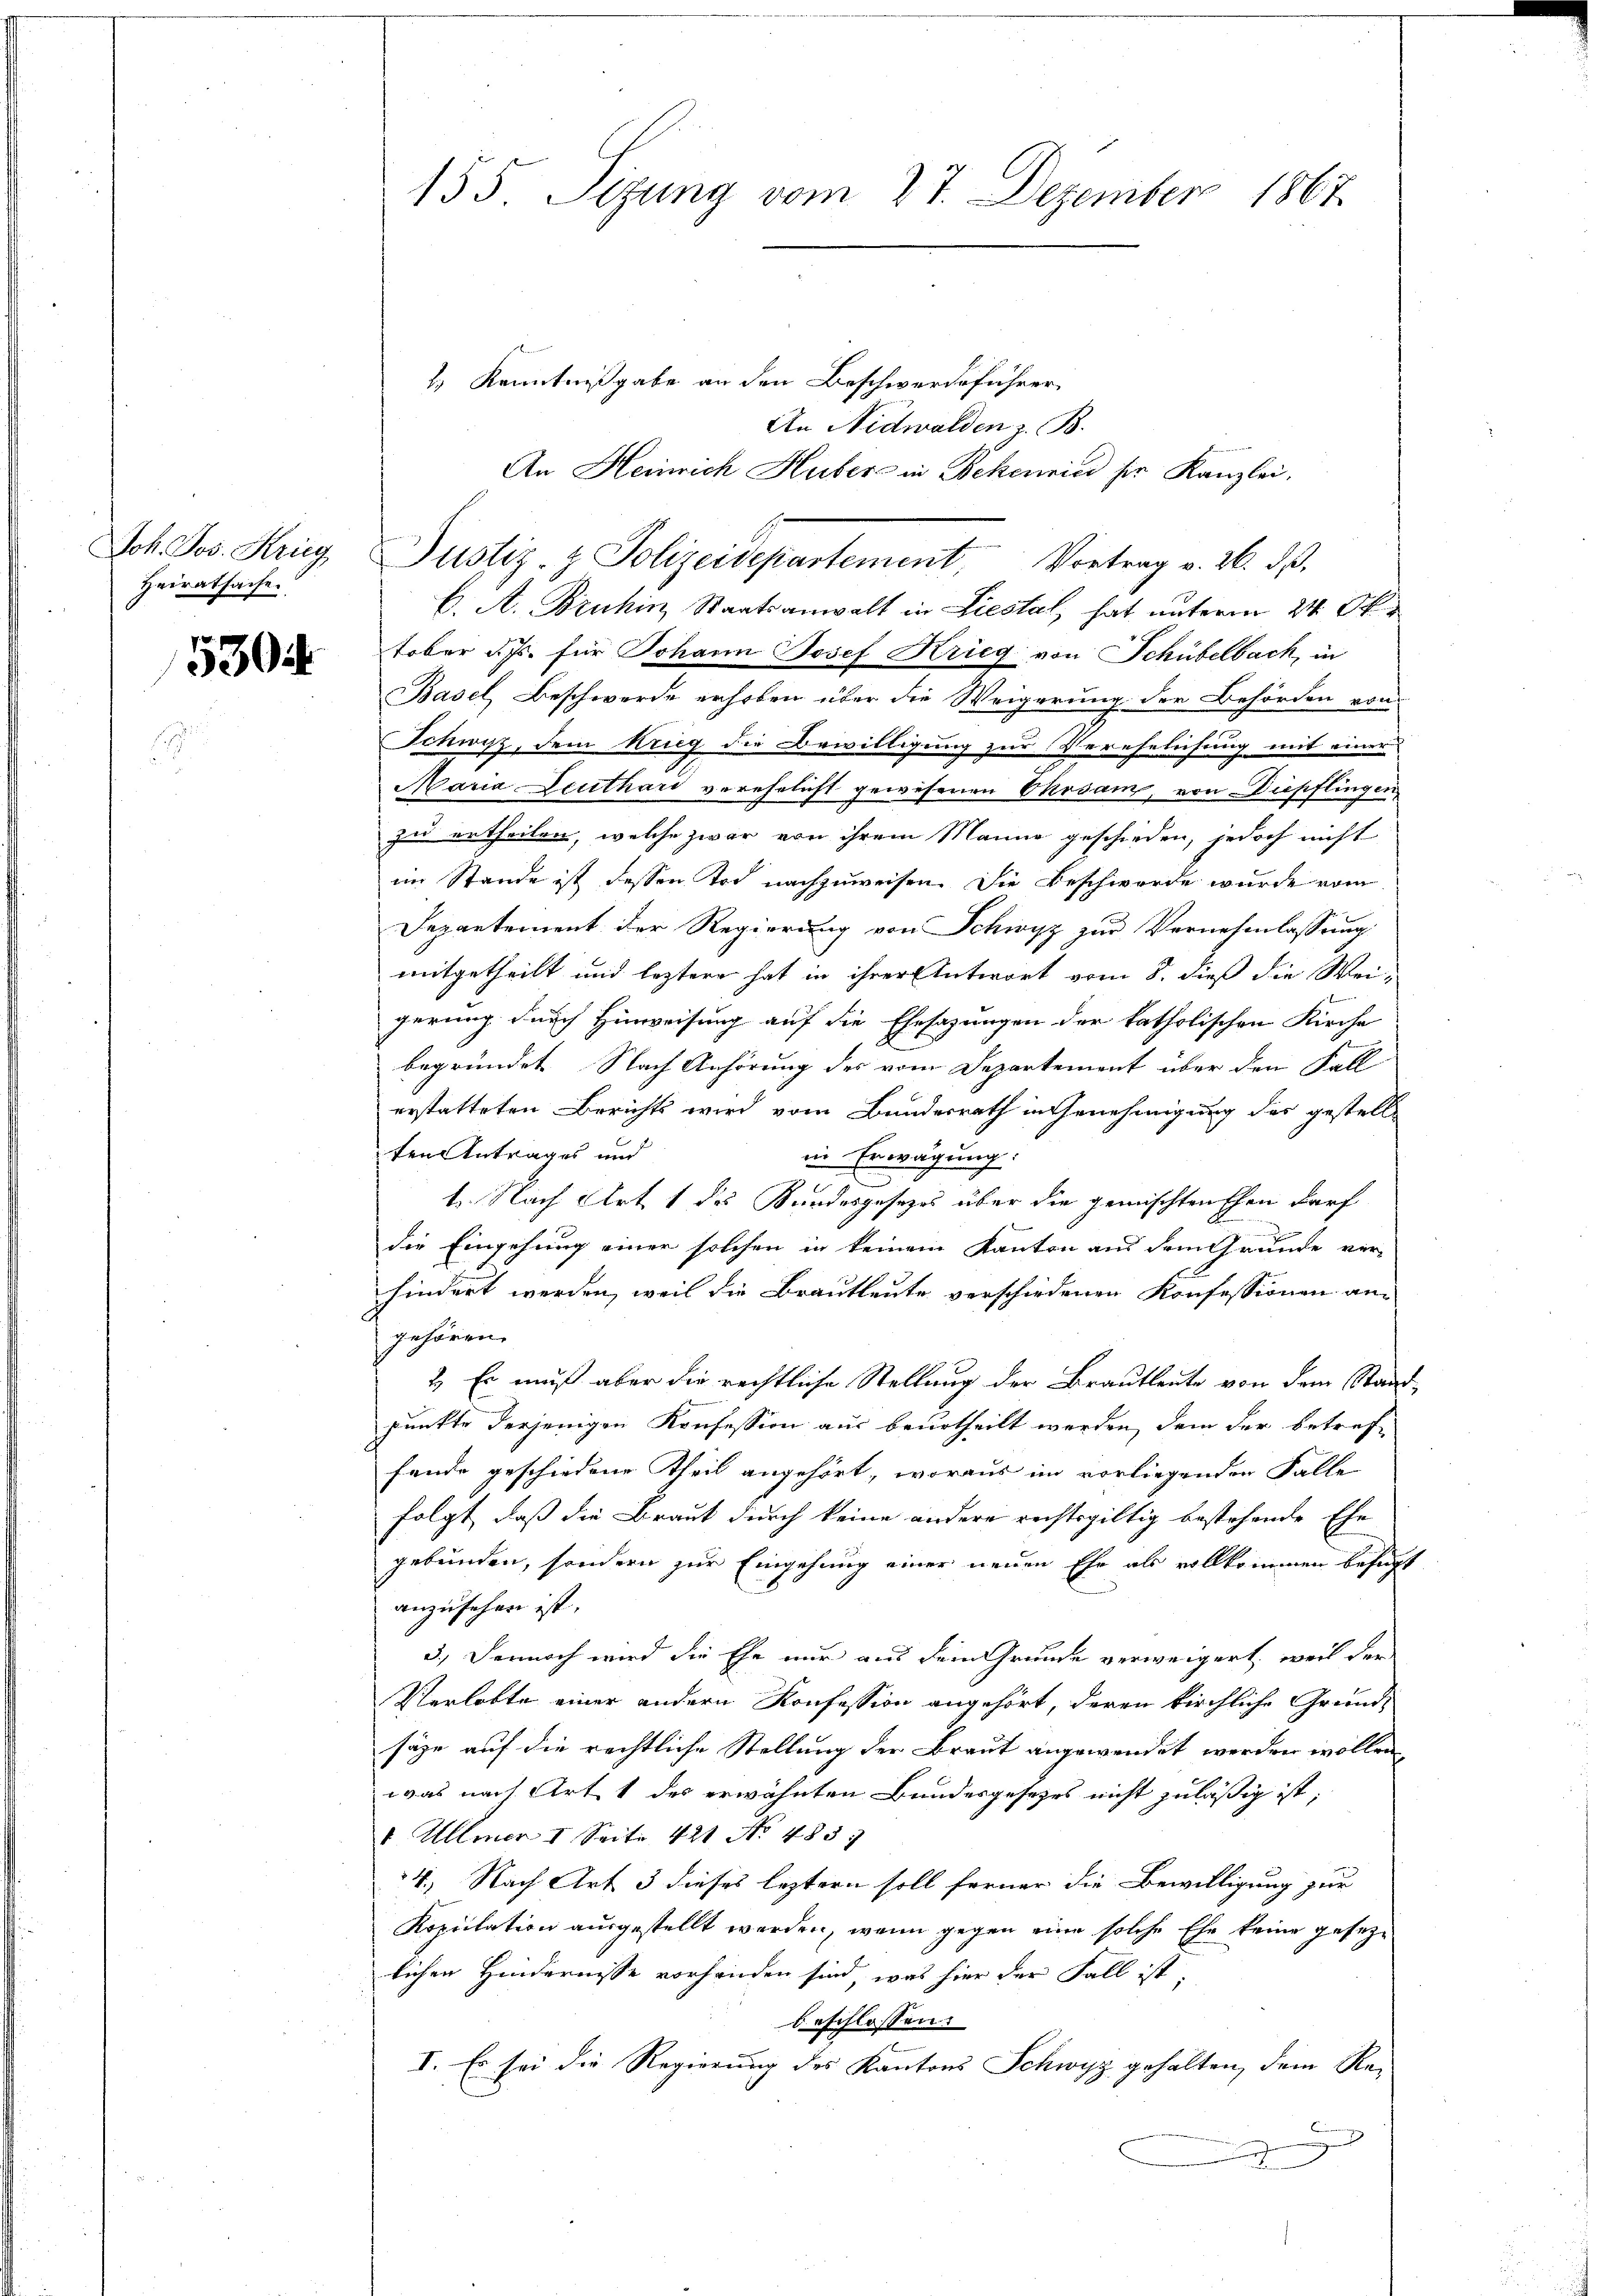
Joh. Jos. Krieg
Heiratsache.

5304.

2.) Kenntnißgabe an den Beschwerdeführer
An Nidwalden z. B.
C. A. Bruhin, Staatsanwalt in Liestal, hat unterm 24. Oktober d. Js. für Johann Josef Krieg von Schübelbach, in
Basel, Beschwerde erhoben über die Weigerung der Behörden von
Schwyz, dem Krieg die Bewilligung zur Verehelichung mit einer
Maria Deuthari verehelicht gewesenen Phosam, von Diepflingen,
zu ertheilen, welche zwar von ihrem Manne geschieden, jedoch nicht
im Stande ist dessen Tod nachzuweisen. Die Beschwerde wurde vom
Departement der Regierung von Schwyz zur Vernehmlassung
mitgetheilt und leztere hat in ihrer Antwort vom 8. dieß die Wei-

gerung durch Hinweisung auf die Ehesazungen der katholischen Kirche
begründet. Nach Anhörung des vom Departement über den Fall
erstatteten Berichts wird vom Bundesrath in Genehmigung des gestellt
ten Antrages und
in Erwägung:
t. Nach Art. 1 des Bundesgesezes über die gemischten Ehen darf
die Eingehung einer solchen in keinem Kanton aus dem Grunde ver-
hindert werden, weil die Brautleute verschiedenen Konfessionen an-
gehören.
2.) Es muß aber die rechtliche Stellung der Brautleute von dem Stanpunkte derjenigen Konfession aus beurtheilt werden, dem der betref-
fende geschiedene Theil angehört, woraus im vorliegenden Falle
folgt, daß die Braut durch keine andere rechtsgültig bestehende Ehe
gebunden, sondern zur Eingehung einer neuen Ehe als vollkommen befuganzusehen ist.
3.) Dennoch wird die Ehe nur aus dem Grunde verweigert, weil der
Verlobte einer andern Konfession angehört, deren kirchliche Grund-
säge auf die rechtliche Stellung der Braut angewendet werden wollen,
was nach Art. 1 des erwähnten Bundesgesezes nicht zuläßig ist,
1 Ullmer 1 Seite 421 No 483.
4.) Nach Art 3 dieses leztern soll ferner die Bewilligung zur
Kopulation ausgestellt werden, wenn gegen eine solche Ehe keine gesezlichen Hindernisse vorhanden sind, was hier der Fall ist,
beschlossen:
I. Es sei die Regierung des Kantons Schwyz gehalten, dem Re¬
.

155. Sizung vom 27. Dezember 1867

An Heinrich Huber in Bekenried der Kanzlei.
Justiz- & Polizeisepartement, Vortrag v. 26. dβ.